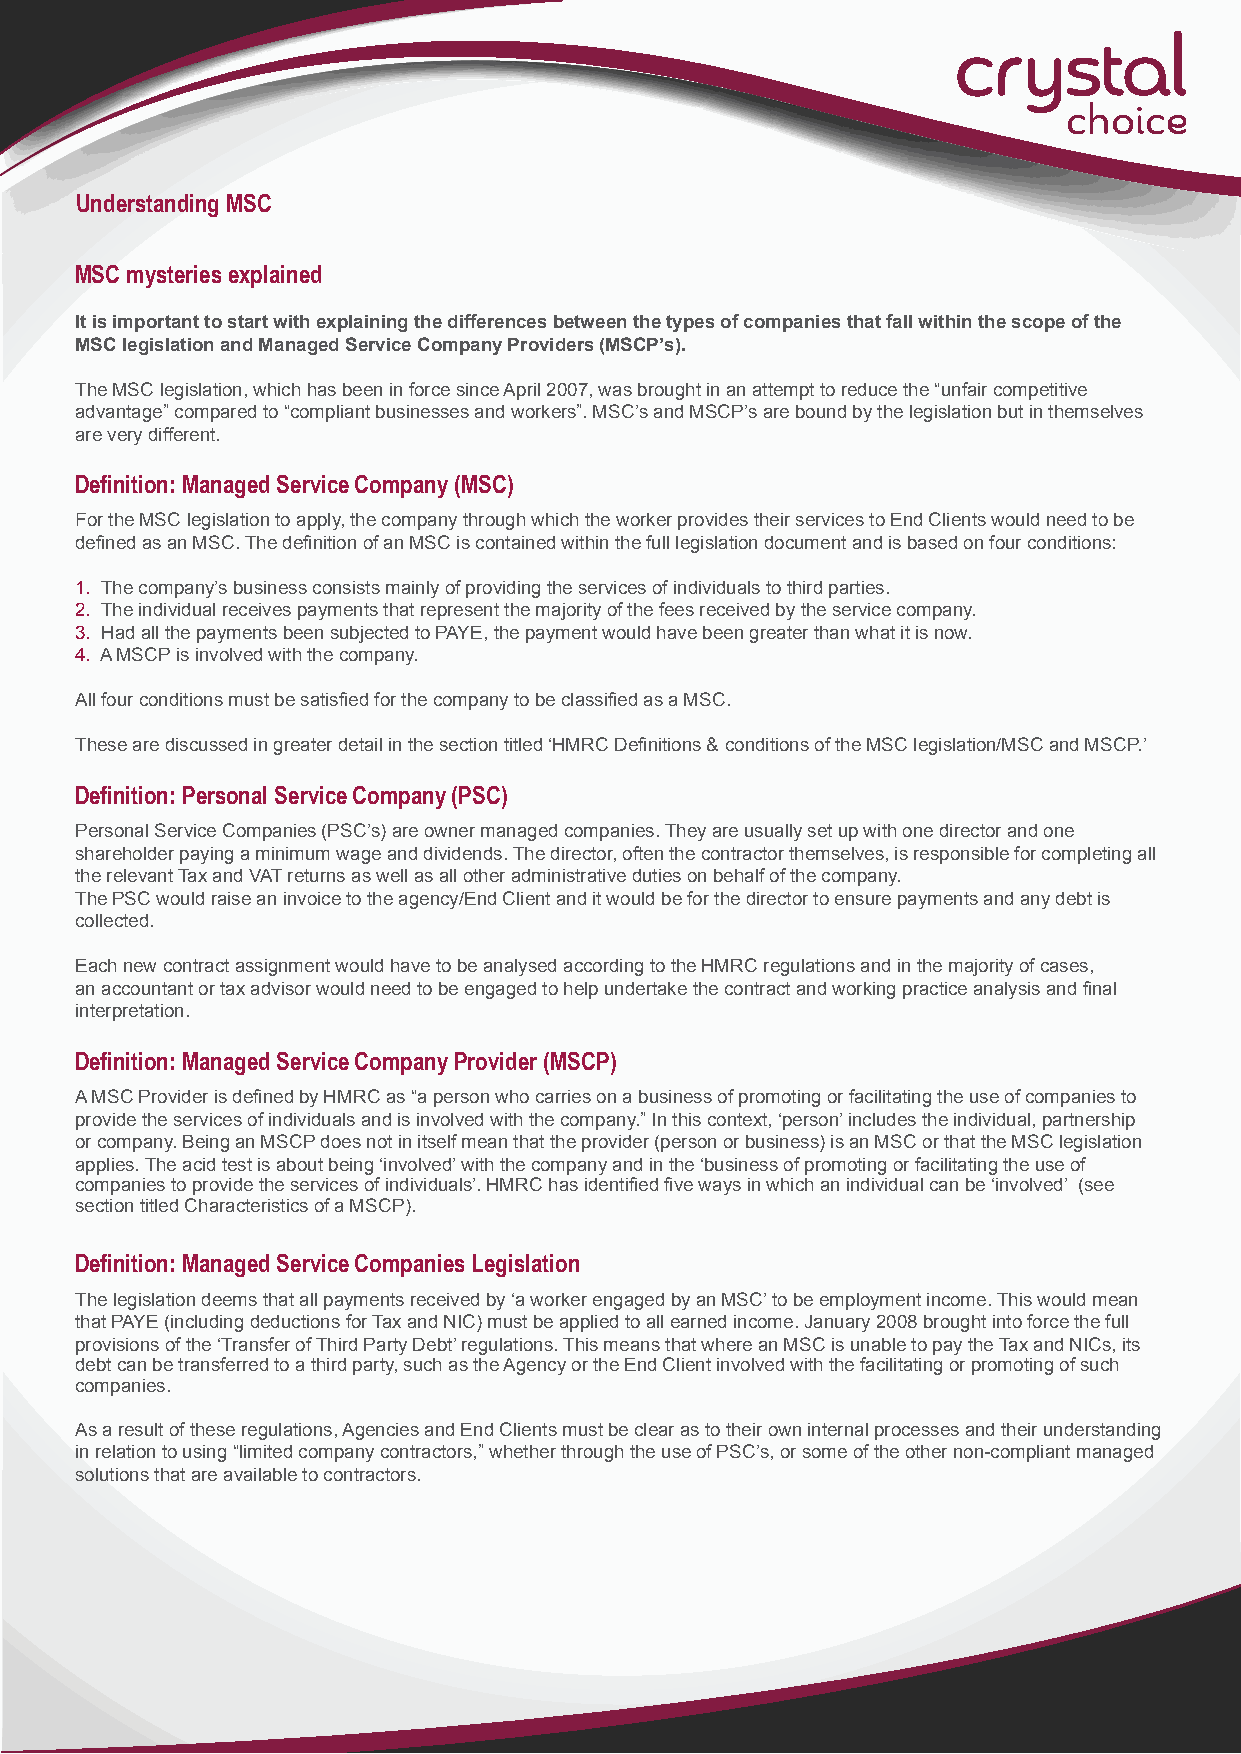
choice
 Understanding MSC
 MSC mysteries explained
 It is important to start with explaining the differences between the types of companies that fall within the scope of the
 MSC legislation and Managed Service Company Providers (MSCP’s).
 The MSC legislation, which has been in force since April 2007, was brought in an attempt to reduce the “unfair competitive
 advantage” compared to “compliant businesses and workers”. MSC’s and MSCP’s are bound by the legislation but in themselves
 are very different.
 Definition: Managed Service Company (MSC)
 For the MSC legislation to apply, the company through which the worker provides their services to End Clients would need to be
 defined as an MSC. The definition of an MSC is contained within the full legislation document and is based on four conditions:
 1. The company’s business consists mainly of providing the services of individuals to third parties.
 2. The individual receives payments that represent the majority of the fees received by the service company.
 3. Had all the payments been subjected to PAYE, the payment would have been greater than what it is now.
 4. A MSCP is involved with the company.
 All four conditions must be satisfied for the company to be classified as a MSC.
 These are discussed in greater detail in the section titled ‘HMRC Definitions & conditions of the MSC legislation/MSC and MSCP.’
 Definition: Personal Service Company (PSC)
 Personal Service Companies (PSC’s) are owner managed companies. They are usually set up with one director and one
 shareholder paying a minimum wage and dividends. The director, often the contractor themselves, is responsible for completing all
 the relevant Tax and VAT returns as well as all other administrative duties on behalf of the company.
 The PSC would raise an invoice to the agency/End Client and it would be for the director to ensure payments and any debt is
 collected.
 Each new contract assignment would have to be analysed according to the HMRC regulations and in the majority of cases,
 an accountant or tax advisor would need to be engaged to help undertake the contract and working practice analysis and final
 interpretation.
 Definition: Managed Service Company Provider (MSCP)
 A MSC Provider is defined by HMRC as “a person who carries on a business of promoting or facilitating the use of companies to
 provide the services of individuals and is involved with the company.” In this context, ‘person’ includes the individual, partnership
 or company. Being an MSCP does not in itself mean that the provider (person or business) is an MSC or that the MSC legislation
 applies. The acid test is about being ‘involved’ with the company and in the ‘business of promoting or facilitating the use of
 companies to provide the services of individuals’. HMRC has identified five ways in which an individual can be ‘involved’ (see
 section titled Characteristics of a MSCP).
 Definition: Managed Service Companies Legislation
 The legislation deems that all payments received by ‘a worker engaged by an MSC’ to be employment income. This would mean
 that PAYE (including deductions for Tax and NIC) must be applied to all earned income. January 2008 brought into force the full
 provisions of the ‘Transfer of Third Party Debt’ regulations. This means that where an MSC is unable to pay the Tax and NICs, its
 debt can be transferred to a third party, such as the Agency or the End Client involved with the facilitating or promoting of such
 companies.
 As a result of these regulations, Agencies and End Clients must be clear as to their own internal processes and their understanding
 in relation to using “limited company contractors,” whether through the use of PSC’s, or some of the other non-compliant managed
 solutions that are available to contractors.